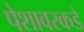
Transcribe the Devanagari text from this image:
पेशावरकडे